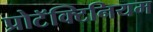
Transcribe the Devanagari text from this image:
प्रोटॅक्टिनियम